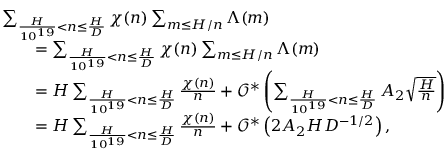
\begin{array} { r l } & { \sum _ { \frac { H } { 1 0 ^ { 1 9 } } < n \leq \frac { H } { D } } \chi ( n ) \sum _ { m \leq H / n } \Lambda ( m ) } \\ & { \qquad = \sum _ { \frac { H } { 1 0 ^ { 1 9 } } < n \leq \frac { H } { D } } \chi ( n ) \sum _ { m \leq H / n } \Lambda ( m ) } \\ & { \qquad = H \sum _ { \frac { H } { 1 0 ^ { 1 9 } } < n \leq \frac { H } { D } } \frac { \chi ( n ) } { n } + \mathcal { O } ^ { * } \left( \sum _ { \frac { H } { 1 0 ^ { 1 9 } } < n \leq \frac { H } { D } } A _ { 2 } \sqrt { \frac { H } { n } } \right) } \\ & { \qquad = H \sum _ { \frac { H } { 1 0 ^ { 1 9 } } < n \leq \frac { H } { D } } \frac { \chi ( n ) } { n } + \mathcal { O } ^ { * } \left( 2 A _ { 2 } H D ^ { - 1 / 2 } \right) , } \end{array}